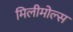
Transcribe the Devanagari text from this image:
मिलीमोल्स